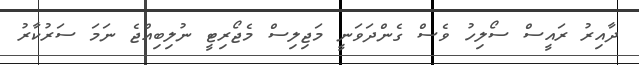
ދާއިރު ރައީސް ސޯލިހު ވެސް ގެންދަވަނީ މަޖިލިސް މެޖޯރިޓީ ނުލިބިއްޖެ ނަމަ ސަރުކާރު